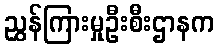
ညွှန်ကြားမှုဦးစီးဌာနက